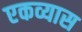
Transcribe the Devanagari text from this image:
एकव्यास